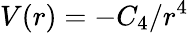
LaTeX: V(r)=-C_{4}/r^{4}